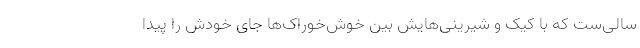
سالی‌ست که با کیک و شیرینی‌هایش بین خوش‌خوراک‌ها جای خودش را پیدا